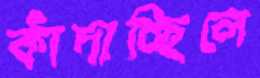
কাঁদাচ্ছিলে